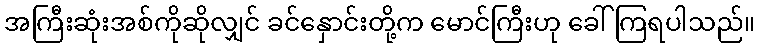
အကြီးဆုံးအစ်ကိုဆိုလျှင် ခင်နှောင်းတို့က မောင်ကြီးဟု ခေါ်ကြရပါသည်။